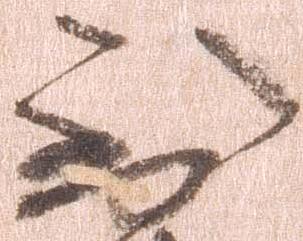
到